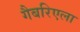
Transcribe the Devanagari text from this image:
गैबरिएला